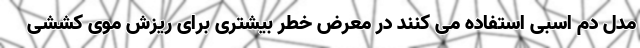
مدل دم اسبی استفاده می کنند در معرض خطر بیشتری برای ریزش موی کششی